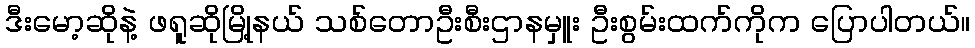
ဒီးမော့ဆိုနဲ့ ဖရူဆိုမြို့နယ် သစ်တောဦးစီးဌာနမှူး ဦးစွမ်းထက်ကိုက ပြောပါတယ်။